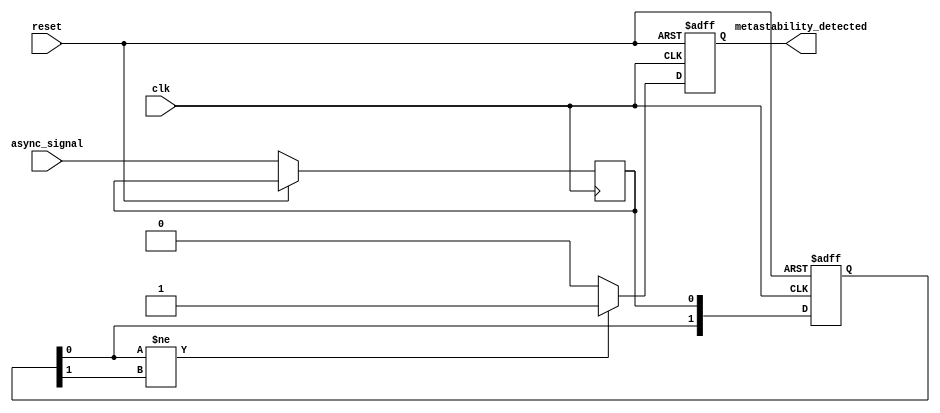
module metastability_detector (
    input wire clk,               // System clock
    input wire async_signal,      // Asynchronous input signal
    input wire reset,             // Reset signal
    output reg metastability_detected // Output signal indicating metastability
);

// Internal signals
reg async_signal_d1;             // Delayed version of the asynchronous signal
reg pulse;                       // Pulse signal for transition detection
reg [1:0] ff;                    // Flip-flop outputs

// Pulse Generator: Detects transitions on the async_signal
always @(posedge clk or posedge reset) begin
    if (reset) begin
        pulse <= 1'b0;
    end else begin
        pulse <= async_signal & ~async_signal_d1; // Generate pulse on rising edge of async_signal
    end
end

// Sampling Flip-Flops
always @(posedge clk or posedge reset) begin
    if (reset) begin
        ff <= 2'b00;
    end else begin
        async_signal_d1 <= async_signal; // Capture async signal
        ff[0] <= async_signal_d1;         // First flip-flop
        ff[1] <= ff[0];                   // Second flip-flop
    end
end

// Metastability Detection Logic
always @(posedge clk or posedge reset) begin
    if (reset) begin
        metastability_detected <= 1'b0;
    end else begin
        // Check for metastability condition
        if (ff[0] != ff[1]) begin
            metastability_detected <= 1'b1; // Metastability detected
        end else begin
            metastability_detected <= 1'b0; // Clear detection
        end
    end
end

endmodule